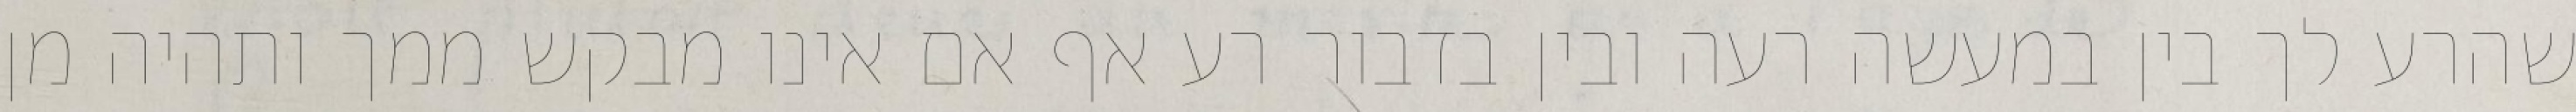
שהרע לך בין במעשה רעה ובין בדבור רע אף אם אינו מבקש ממך ותהיה מן